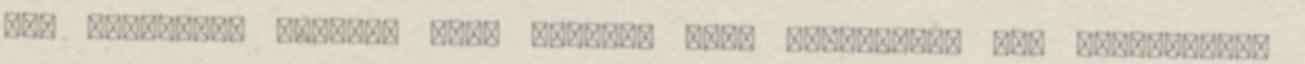
--- hegyesek, kiálló, vagy beljebb álló fogsornak, --- abnormisok,